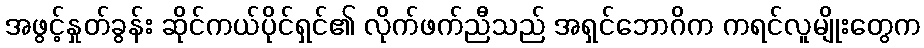
အဖွင့်နှုတ်ခွန်း ဆိုင်ကယ်ပိုင်ရှင်၏ လိုက်ဖက်ညီသည် အရှင်ဘောဂိက ကရင်လူမျိုးတွေက